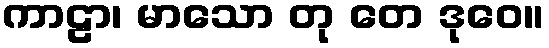
ကာဠာ၊ မာသော တု တေ ဒုဝေ။